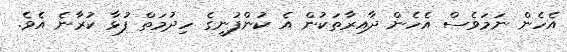
އެހެން ނަމަވެސް އެހެން ދާއިރާތަކުން އެ ކުންފުނީގެ ހިދުމަތް ފުޅާ ކުރާނެ އެވެ.